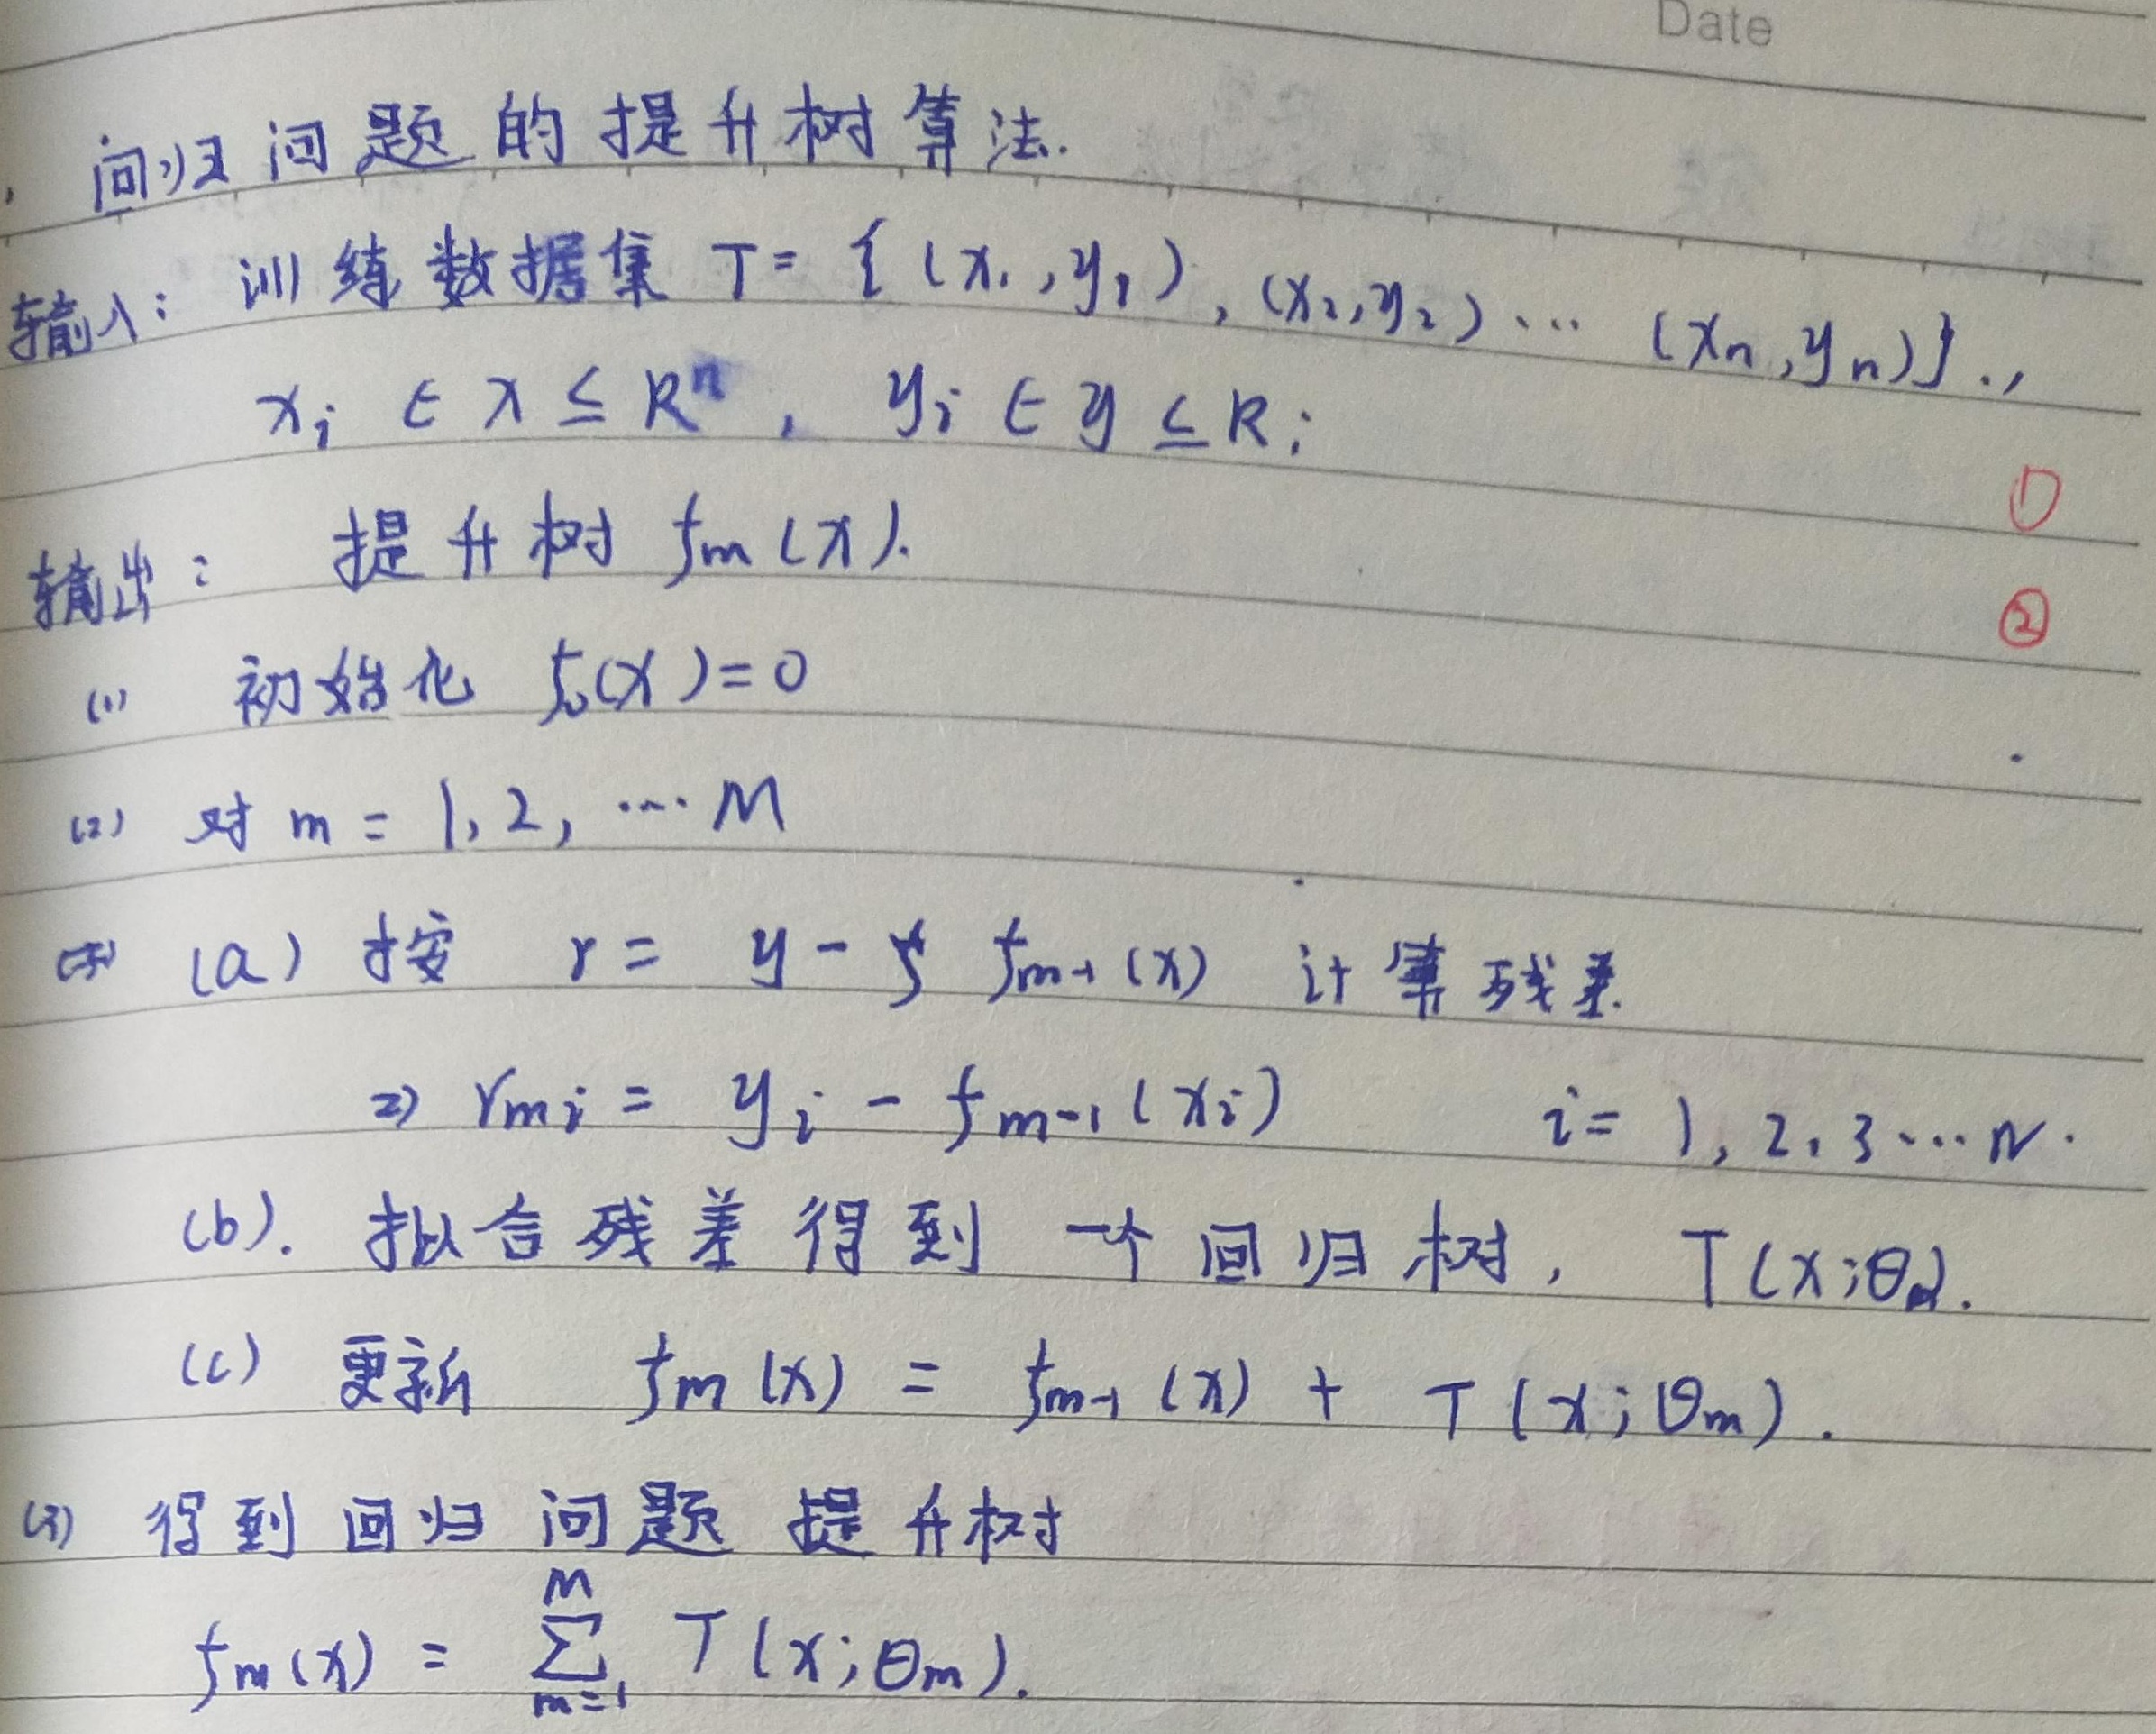
回归问题的提升树算法.
输入：训练数据集\(T = \{ (x_1,y_1),(x_2,y_2)\cdots(x_n,y_n)\}\)，\(x_i \in X \subseteq R^n\)，\(y_i \in Y \subseteq R\)；
输出： 提升树\(f_M(x)\)。
(1) 初始化\(f_0(x)=0\)
(2) 对\(m = 1,2,\cdots M\)
(a) 按\(r = y - f_{m - 1}(x)\)计算残差
\(r_{mi}=y_i - f_{m - 1}(x_i)\)  \(i = 1,2,3\cdots N\)。
(b). 拟合残差得到一个回归树，\(T(x;\theta_m)\)。
(c) 更新 \(f_m(x)=f_{m - 1}(x)+T(x;\theta_m)\)。
(3) 得到回归问题提升树\(f_M(x)=\sum_{m = 1}^{M}T(x;\theta_m)\)。